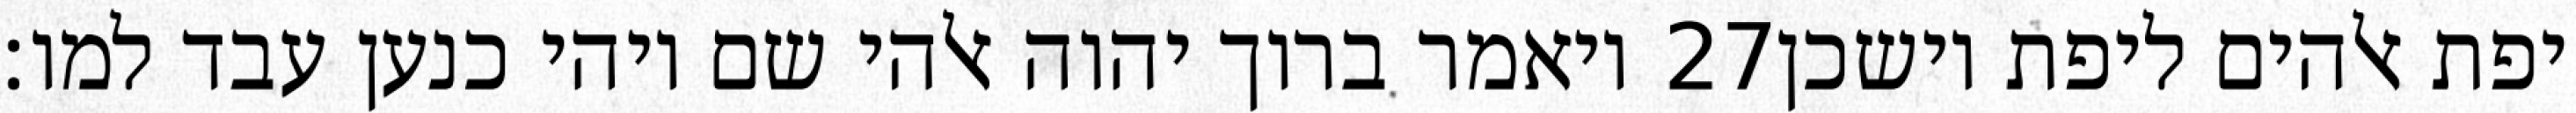
ויאמר ברוך יהוה אלהי שם ויהי כנען עבד למו׃ ‎27‏ יפת אלהים ליפת וישכן